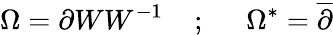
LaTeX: \Omega=\partial WW^{-1}\; \; \; \; ;\; \; \; \; \; \Omega^{*}=\overline{{{\partial}}}